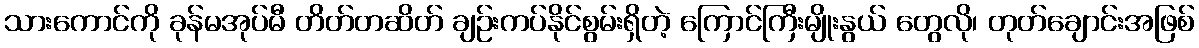
သားကောင်ကို ခုန်မအုပ်မီ တိတ်တဆိတ် ချဉ်းကပ်နိုင်စွမ်းရှိတဲ့ ကြောင်ကြီးမျိုးနွယ် တွေလို၊ တုတ်ချောင်းအဖြစ်